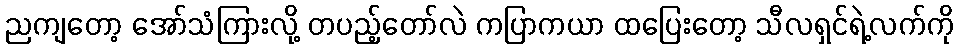
ညကျတော့ အော်သံကြားလို့ တပည့်တော်လဲ ကပြာကယာ ထပြေးတော့ သီလရှင်ရဲ့လက်ကို